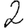
Digit: 2